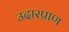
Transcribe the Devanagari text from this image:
उदारप्राण